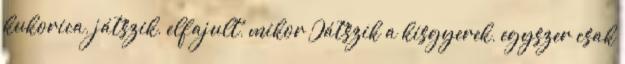
kukorica, játszik, elfajult, mikor Játszik a kisgyerek, egyszer csak